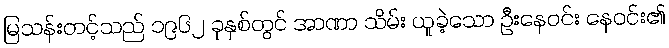
မြသန်းတင့်သည် ၁၉၆၂ ခုနှစ်တွင် အာဏာ သိမ်း ယူခဲ့သော ဦးနေဝင်း နေဝင်း၏